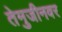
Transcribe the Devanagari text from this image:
तेमुजीनवर